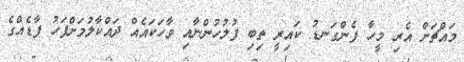
މައްޗަށް އެރި މީހާ ފެންގަނޑު ކައިރީ ތިބި ފުލުހުންނާއި ވާހަކައެއް ދައްކާލުމަށްފަހު ފާޑެއްގެ